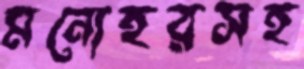
মনোহরসহ